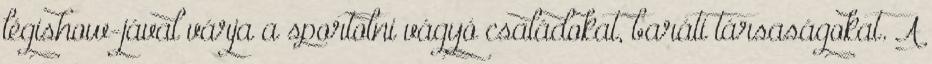
légishow-jával várja a sportolni vágyó családokat, baráti társaságokat. A